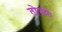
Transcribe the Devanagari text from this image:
तोफ्फे